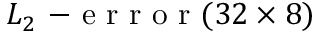
L _ { 2 } \mathrm { ~ - ~ e ~ r ~ r ~ o ~ r ~ } ( 3 2 \times 8 )